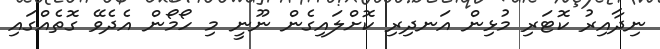
ނިދާއިރު ކޮޓަރި މުޅިން އަނދިރި ކޮށްލައިގެން ނޫނީ މި ހޯމޯން އެދެވޭ ގޮތެއްގައި